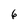
Character: 6